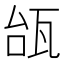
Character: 瓵